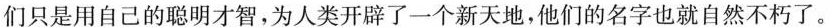
们只是用自己的聪明才智，为人类开辟了一个新天地，他们的名字也就自然不朽了。